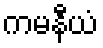
ကမနီယံ